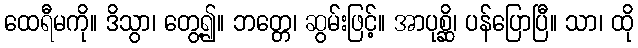
ထေရီမကို။ ဒိသွာ၊ တွေ့၍။ ဘတ္တေ၊ ဆွမ်းဖြင့်။ အာပုစ္ဆိ၊ ပန်ပြောပြီ။ သာ၊ ထို